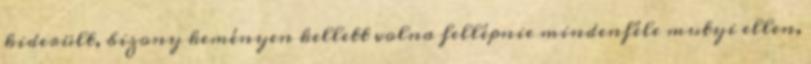
kiderült, bizony keményen kellett volna fellépnie mindenféle mutyi ellen,